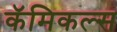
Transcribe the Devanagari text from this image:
कॅमिकल्स